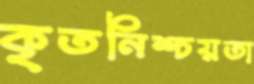
কৃতনিশ্চয়তা